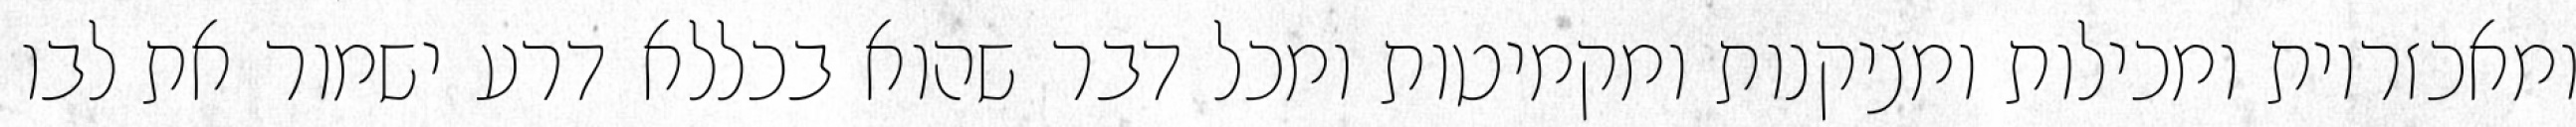
ומאכזריות ומכילות ומציקנות ומקמיטות ומכל דבר שהוא בכללא דרע ישמור את לבו